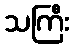
သကြီး